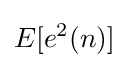
E[e^{2}(n)]